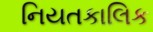
નિયતકાલિક